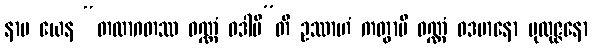
နာမ ယေန “တထာဂတဿ ဝဏ္ဏံ ဝဒါမီ”တိ ဥဿာဟံ ကတွာပိ ဝဏ္ဏံ ဝဒမာနော ပုထုဇ္ဇနော